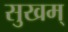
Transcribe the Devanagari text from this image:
सुखम्